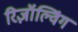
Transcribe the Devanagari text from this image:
रिज़ॉल्विंग